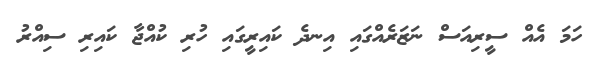
ހަމަ އެއް ސީރިއަސް ނަޒަރެއްގައި އިނދެ ކައިރީގައި ހުރި ކުއްޖާ ކައިރި ސިއްރު